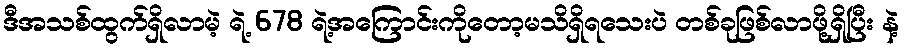
ဒီအသစ်ထွက်ရှိလာမဲ့ ရဲ့ 678 ရဲ့အကြောင်းကိုတော့မသိရှိရသေးပဲ တစ်ခုဖြစ်လာဖို့ရှိပြီး နဲ့